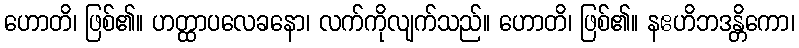
ဟောတိ၊ ဖြစ်၏။ ဟတ္ထာပလေခနော၊ လက်ကိုလျက်သည်။ ဟောတိ၊ ဖြစ်၏။ နဧဟိဘဒန္တိကော၊